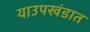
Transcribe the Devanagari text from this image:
याउपखंडात